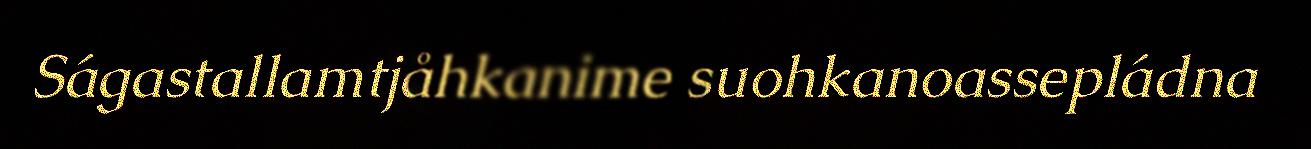
Ságastallamtjåhkanime suohkanoassepládna